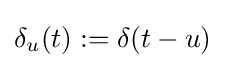
\delta _{u}(t):=\delta (t-u)